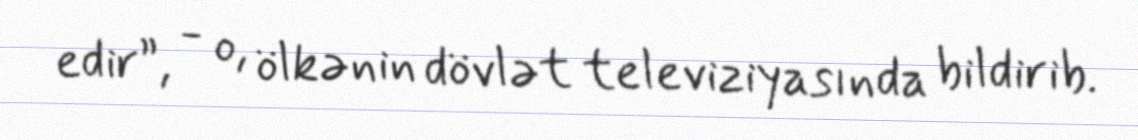
edir”, - o, ölkənin dövlət televiziyasında bildirib.